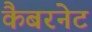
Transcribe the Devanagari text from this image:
कैबरनेट